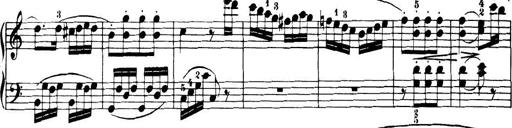
Title: 32 Sonatinas and Rondos for the Piano
Composer: Richard Kleinmichel